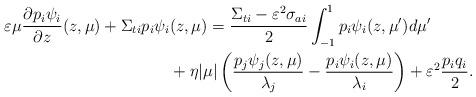
LaTeX: \begin{align*}\varepsilon\mu\frac{\partial p_i\psi_i}{\partial z}(z,\mu) + \Sigma_{ti}p_i\psi_i&(z,\mu) = \frac{\Sigma_{ti}-\varepsilon^2\sigma_{ai}}{2}\int_{-1}^1p_i\psi_i(z,\mu')d\mu'\\&+ \eta|\mu|\left(\frac{p_j\psi_j(z,\mu)}{\lambda_j}-\frac{p_i\psi_i(z,\mu)}{\lambda_i}\right) +\varepsilon^2\frac{p_iq_i}{2}.\end{align*}